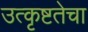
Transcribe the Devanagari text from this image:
उत्कृष्टतेचा